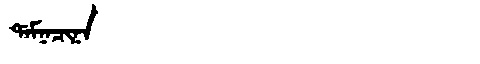
Manchu: ᡩᠠᠮᠨᠠᠴᡳᠨᠠ
Romanization: DAMNACINA